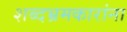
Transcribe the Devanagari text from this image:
शब्दभ्रमकारांना